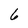
Character: 6